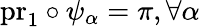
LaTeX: \mathrm{pr}_{1}\circ\psi_{\alpha}=\pi,\forall\alpha